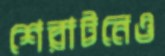
শেরাটনেও